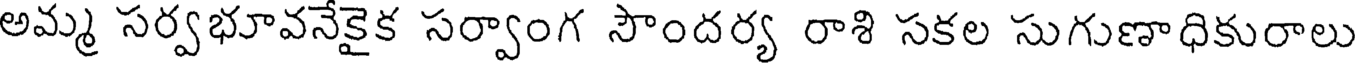
అమ్మ సర్వభూవనేకైక సర్వాంగ సౌందర్య రాశి సకల సుగుణాధికురాలు